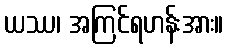
ယဿ၊ အကြင်ရဟန်းအား။